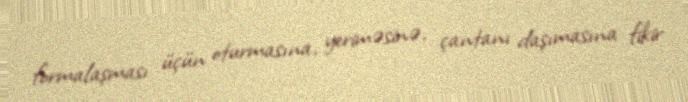
formalaşması üçün oturmasına, yeriməsinə, çantanı daşımasına fikir